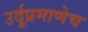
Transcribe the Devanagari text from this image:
उर्दूप्रमाणेच